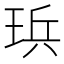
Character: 𪻤